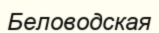
Беловодская